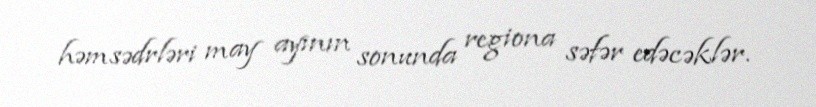
həmsədrləri may ayının sonunda regiona səfər edəcəklər.